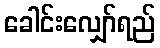
ခေါင်းလျှော်ရည်